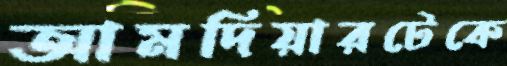
আমদিয়ারটেকে